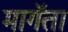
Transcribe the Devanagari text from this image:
मागॅता